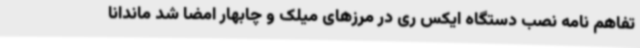
تفاهم نامه نصب دستگاه ایکس ری در مرزهای میلک و چابهار امضا شد ماندانا